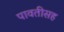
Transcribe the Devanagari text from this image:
पावतीसह